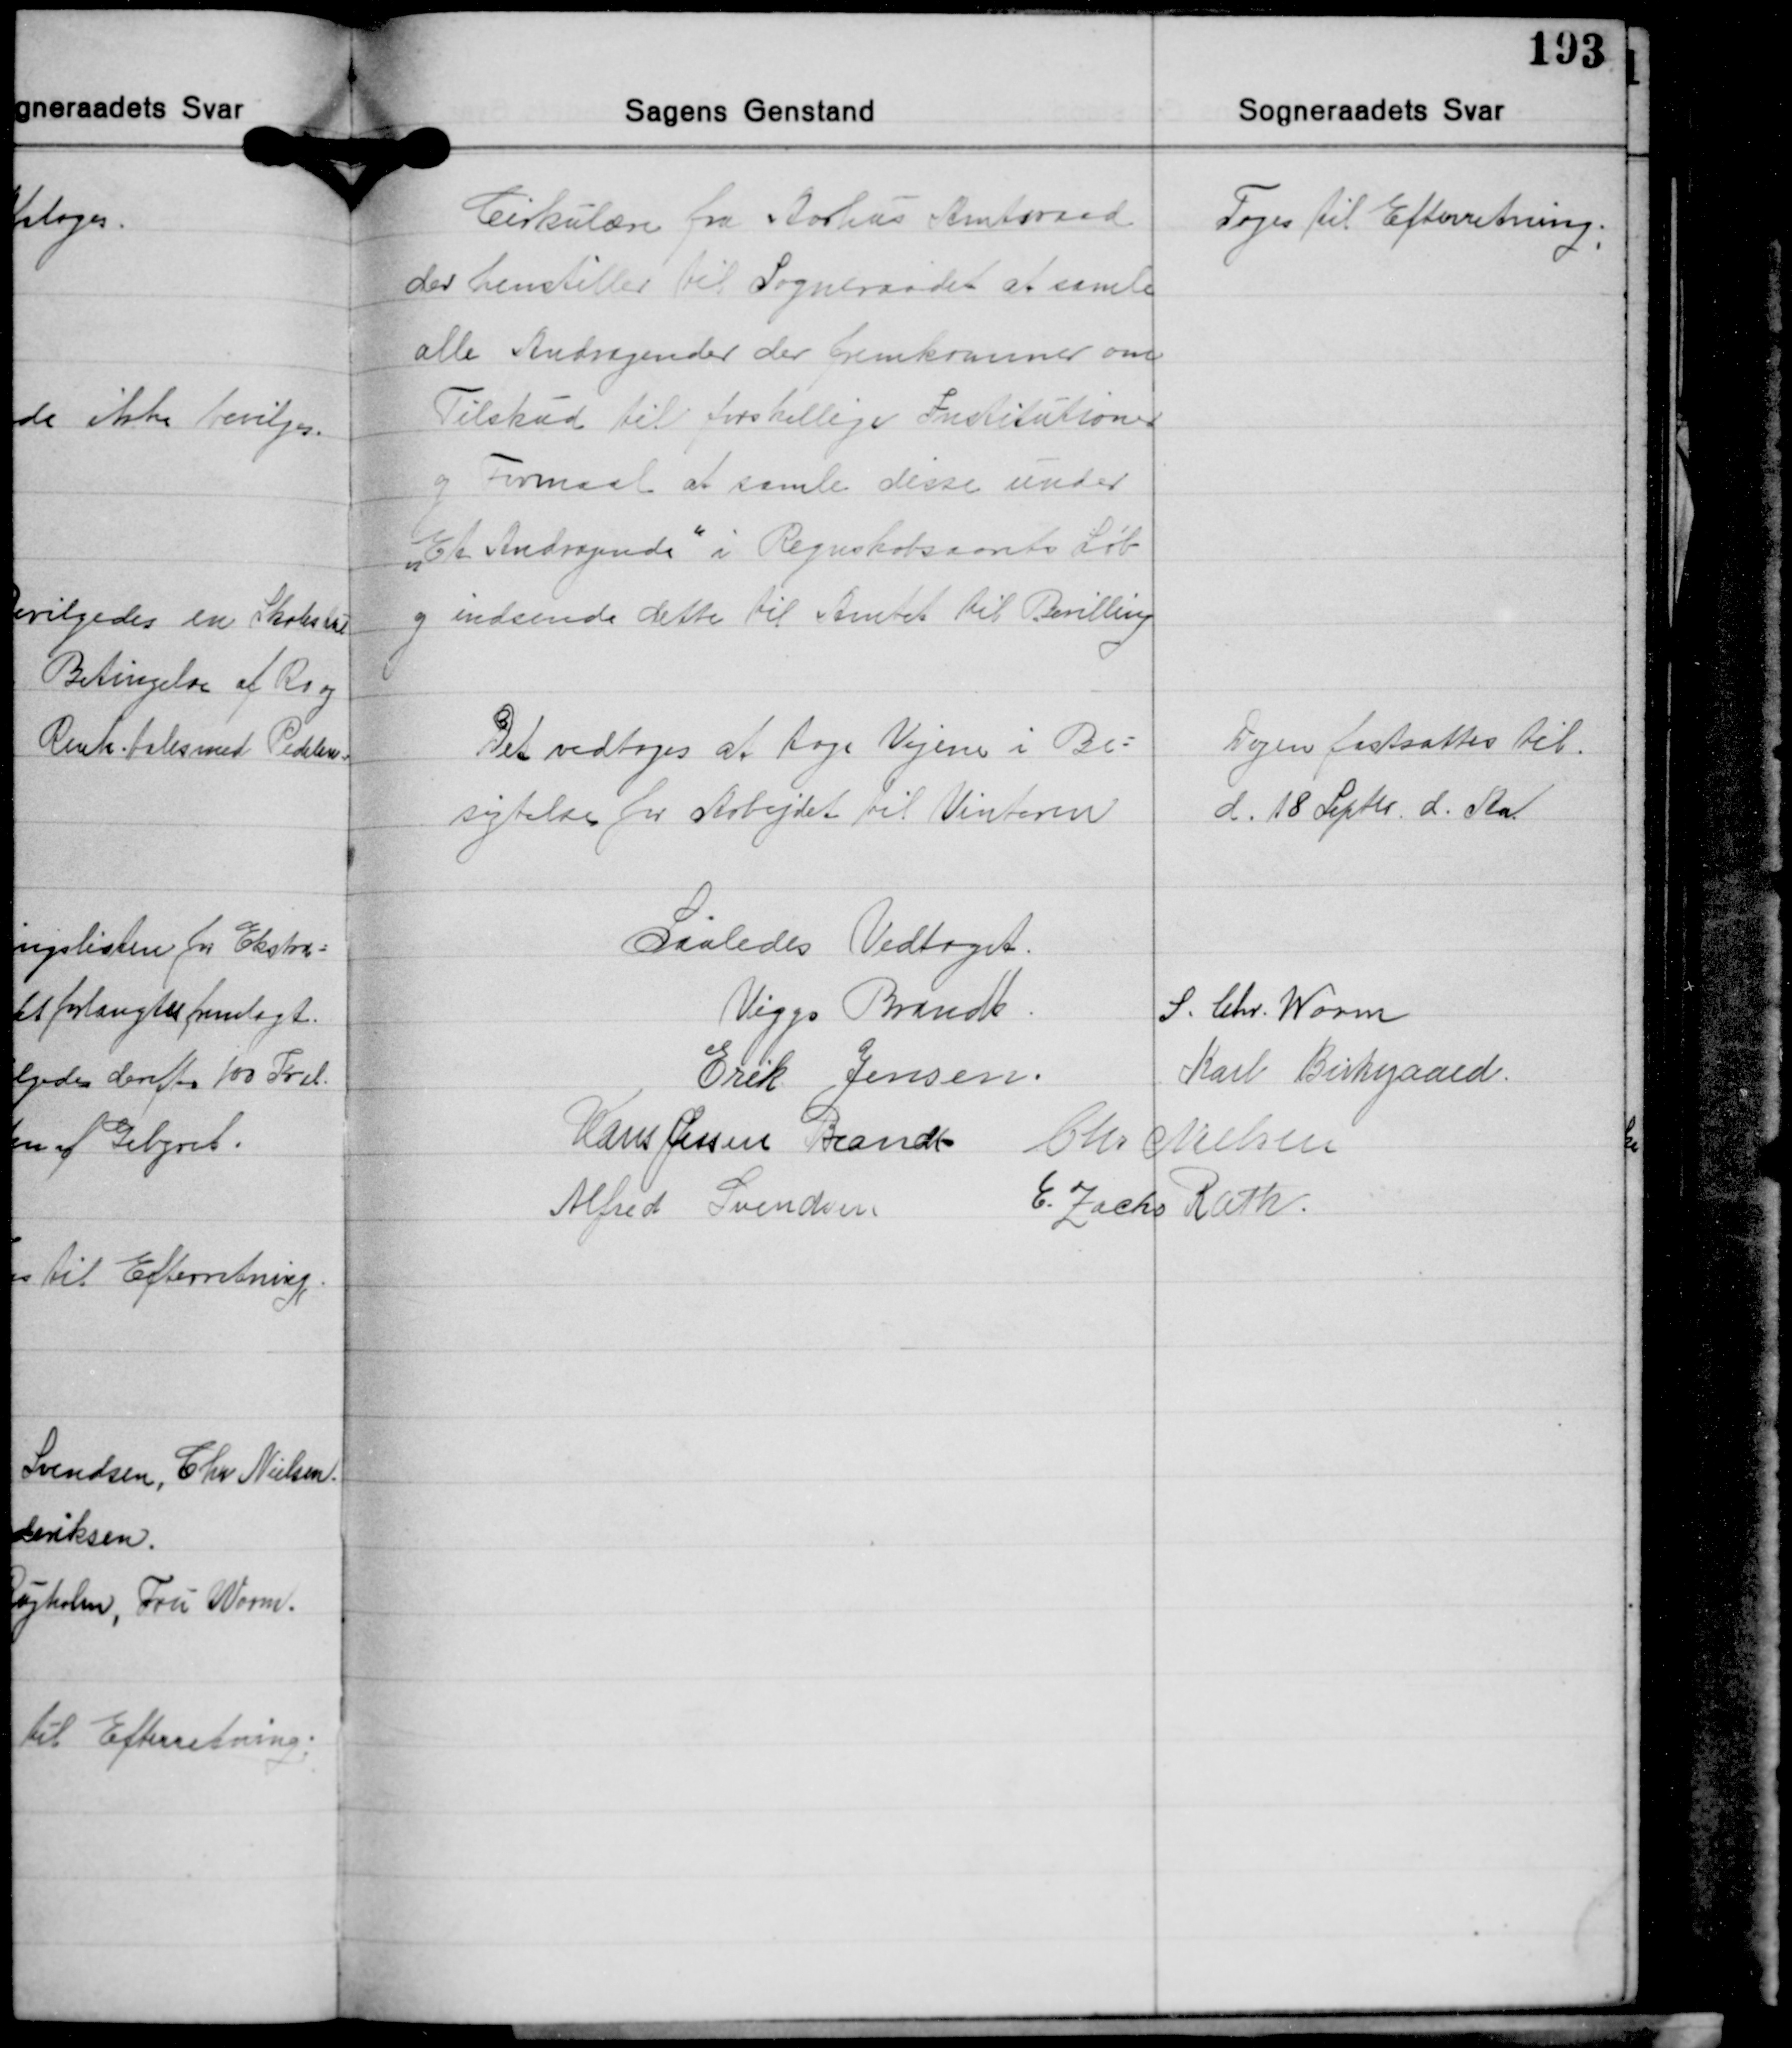
Transskription:
Cirkulære fra Aarhus Amtsraad
der henstiller til Sogneraadet at samle
alle Andragender der fremkommer om
Tilskud til Forskellige Institutioner
og Formaal at samle disse under
"Et Andragende" i Regnskabsaarets Løb
og indsende dette til Amtet til Bevilling

Toges Til Efterretning.

Det vedtoges at tage Vejene i Be-
sigtelse for Arbejdet til Vinteren

Dagen fastsattes til
d. 18 Septbr. d. Aar

Saaledes Vedtaget.
S. Chr. Worm
Viggo Brandt
Karl Birkegaard
Erik Jensen
Hans Jessen Brandt Chr. Nielsen
E. Zacho Rath
Alfred Svendsen